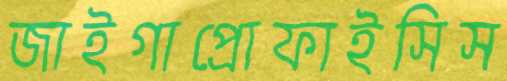
জাইগাপ্রোফাইসিস